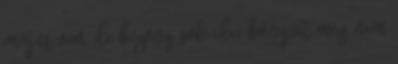
május van, de bizony sok idei könyvet még nem